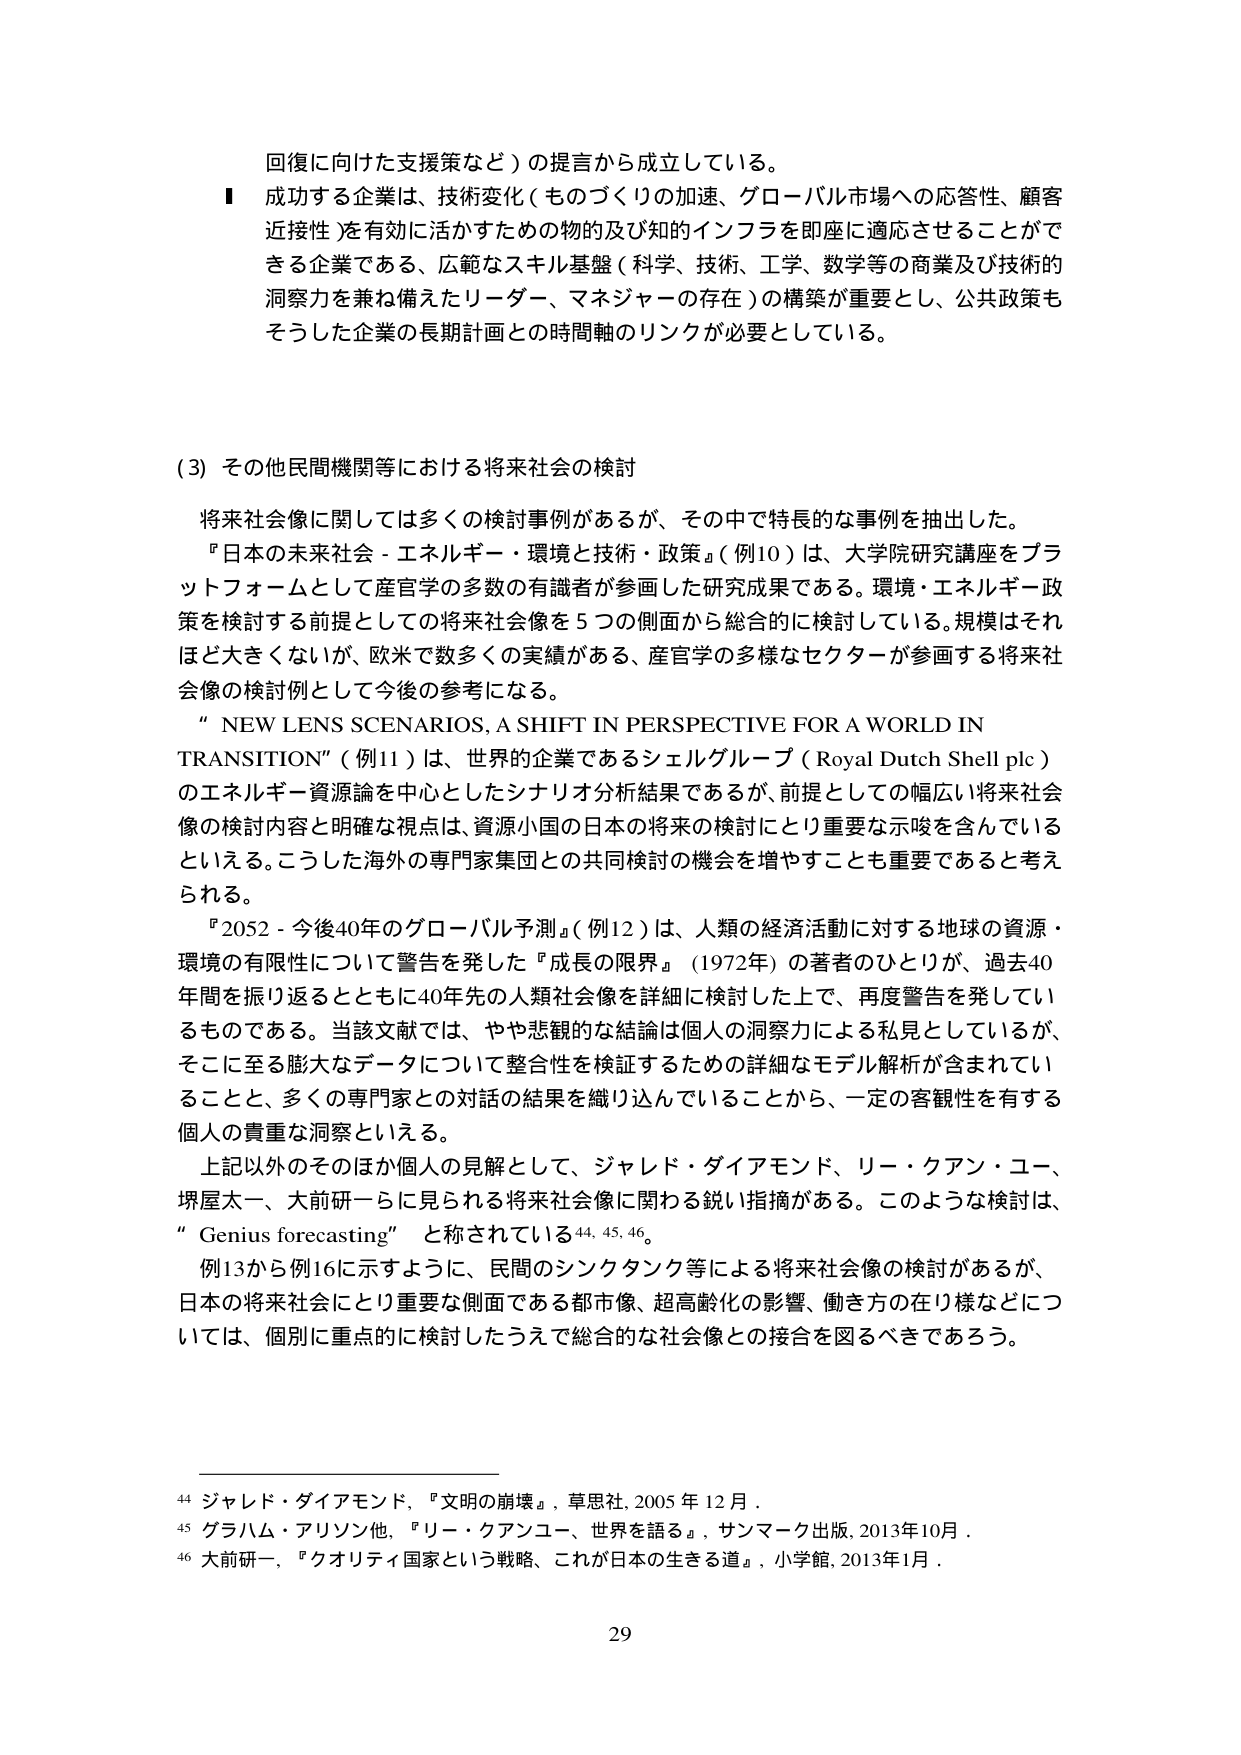
回復に向けた支援策など）の提言から成立している。

■ 成功する企業は、技術変化（ものづくりの加速、グローバル市場への応答性、顧客近接性）を有効に活かすための物的及び知的インフラを即座に適応させることができる企業である。広範なスキル基盤（科学、技術、工学、数学等の商業及び技術的洞察力を兼ね備えたリーダー、マネジャーの存在）の構築が重要とし、公共政策もそうした企業の長期計画との時間軸のリンクが必要としている。

（3）その他民間機関等における将来社会の検討

将来社会像に関しては多くの検討事例があるが、その中で特長的な事例を抽出した。

『日本の未来社会－エネルギー・環境と技術・政策』（例10）は、大学院研究講座をプラットフォームとして産官学の多数の有識者が参画した研究成果である。環境・エネルギー政策を検討する前提としての将来社会像を5つの側面から総合的に検討している。規模はそれほど大きくないが、欧米で数多くの実績がある、産官学の多様なセクターが参画する将来社会像の検討例として今後の参考になる。

“NEW LENS SCENARIOS, A SHIFT IN PERSPECTIVE FOR A WORLD IN TRANSITION”（例11）は、世界の企業であるシェルグループ（Royal Dutch Shell plc）のエネルギー資源論を中心としたシナリオ分析結果であるが、前提としての幅広い将来社会像の検討内容と明確な視点は、資源小国の日本の将来の検討にとり重要な示唆を含んでいるといえる。こうした海外の専門家集団との共同検討の機会を増やすことも重要であると考えられる。

『2052－今後40年のグローバル予測』（例12）は、人類の経済活動に対する地球の資源・環境の有限性について警告を発した『成長の限界』（1972年）の著者のひとりが、過去40年間を振り返るとともに40年先の人類社会像を詳細に検討した上で、再度警告を発しているものである。当該文献では、やや悲観的な結論は個人の洞察力による私見としているが、そこに至る膨大なデータについて整合性を検証するための詳細なモデル解析が含まれていることと、多くの専門家との対話の結果を織り込んでいることから、一定の客観性を有する個人の貴重な洞察といえる。

上記以外のそのほか個人の見解として、ジャレド・ダイアモンド、リー・クアン・ユー、堺屋太一、大前研一らに見られる将来社会像に関わる鋭い指摘がある。このような検討は、“Genius forecasting”と称されている44, 45, 46。

例13から例16に示すように、民間のシンクタンク等による将来社会像の検討があるが、日本の将来社会にとり重要な側面である都市像、超高齢化の影響、働き方の在り様などについては、個別に重点的に検討したうえで総合的な社会像との接合を図るべきであろう。

44 ジャレド・ダイアモンド, 『文明の崩壊』, 草思社, 2005年12月。
45 グラハム・アリソン他, 『リー・クアンユー・世界を語る』, サンマーク出版, 2013年10月。
46 大前研一, 『クオリティ国家という戦略、これが日本の生きる道』, 小学館, 2013年1月。

29